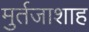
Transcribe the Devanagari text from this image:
मुर्तजाशाह